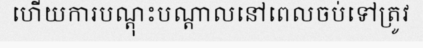
ហើយការបណ្តុះបណ្តាលនៅពេលចប់ទៅត្រូវ